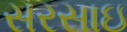
સરસાઇ